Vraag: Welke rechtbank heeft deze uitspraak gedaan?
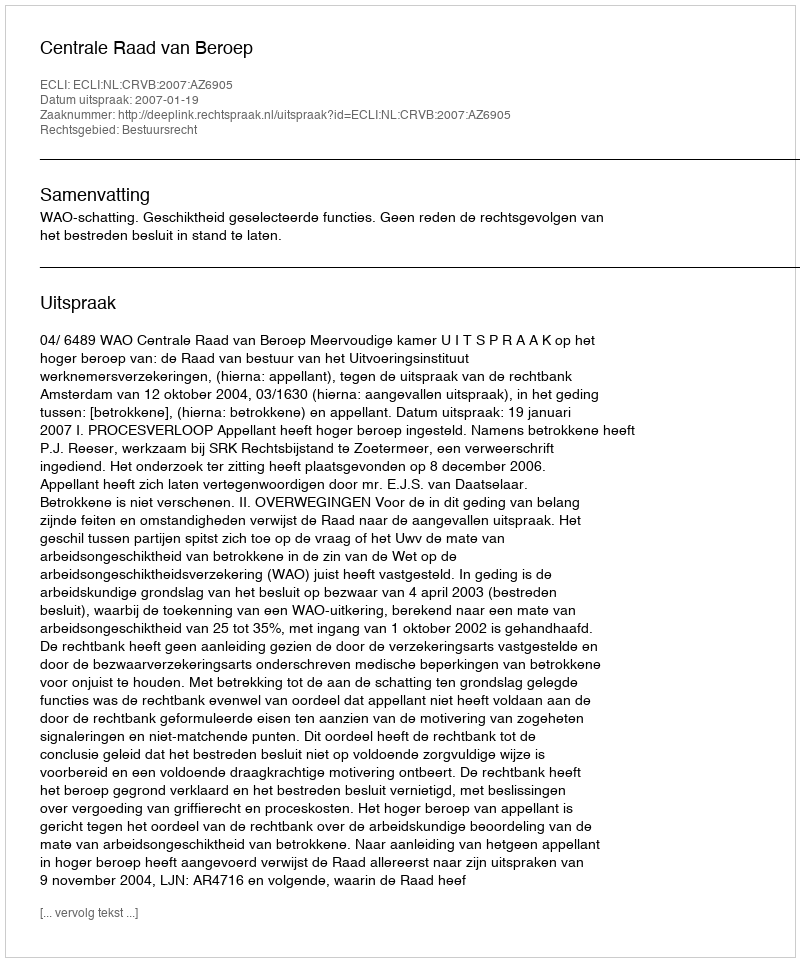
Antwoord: Centrale Raad van Beroep